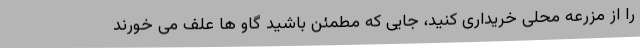
را از مزرعه محلی خریداری کنید، جایی که مطمئن باشید گاو ها علف می خورند